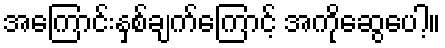
အကြောင်းနှစ်ချက်ကြောင့် အကိုဆွေပေါ့။